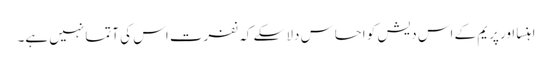
اہنسا اور پریم کے اس دیش کو احساس دلا سکے کہ نفرت اس کی آتما نہیں ہے۔